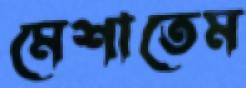
মেশাতেম